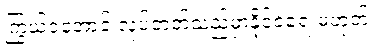
ကြွယ်ဝအောင် လုပ်တတ်သည်မှာနိုင်ငံရေးမဟုတ်။